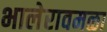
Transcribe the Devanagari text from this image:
भालेरावमळा